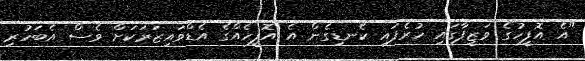
"އެ އޮފީހުގެ ވަޒީފާގައި ހުރެފައި ކެނޑިގެން އެ އޮފީހެއްގެ އެޑްވައިޒަރަކަށް ވެސް އެބަހުރި